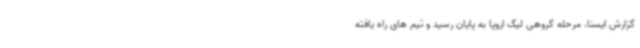
گزارش ایسنا، مرحله گروهی لیگ اروپا به پایان رسید و تیم های راه یافته